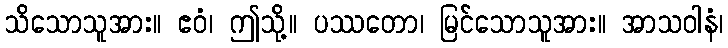
သိသောသူအား။ ဧဝံ၊ ဤသို့။ ပဿတော၊ မြင်သောသူအား။ အာသဝါနံ၊